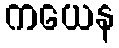
ကယေန